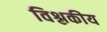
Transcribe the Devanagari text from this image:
विश्लकीय